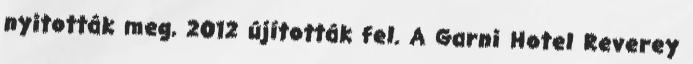
nyitották meg, 2012 újították fel. A Garni Hotel Reverey